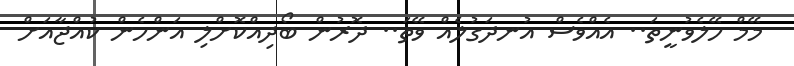
މޭމް ހޭލެވުނީތަ.. އެއްވެސް އުނދަގުލެއް ވޭތަ.. ދޮރުން ބޯދިއްކޮށްލި އަންހެން ކުއްޖާއަށް